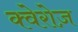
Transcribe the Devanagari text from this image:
क्वेरोज़